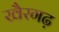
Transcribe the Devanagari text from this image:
खैरगढ़